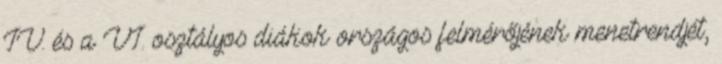
IV. és a VI. osztályos diákok országos felmérőjének menetrendjét,